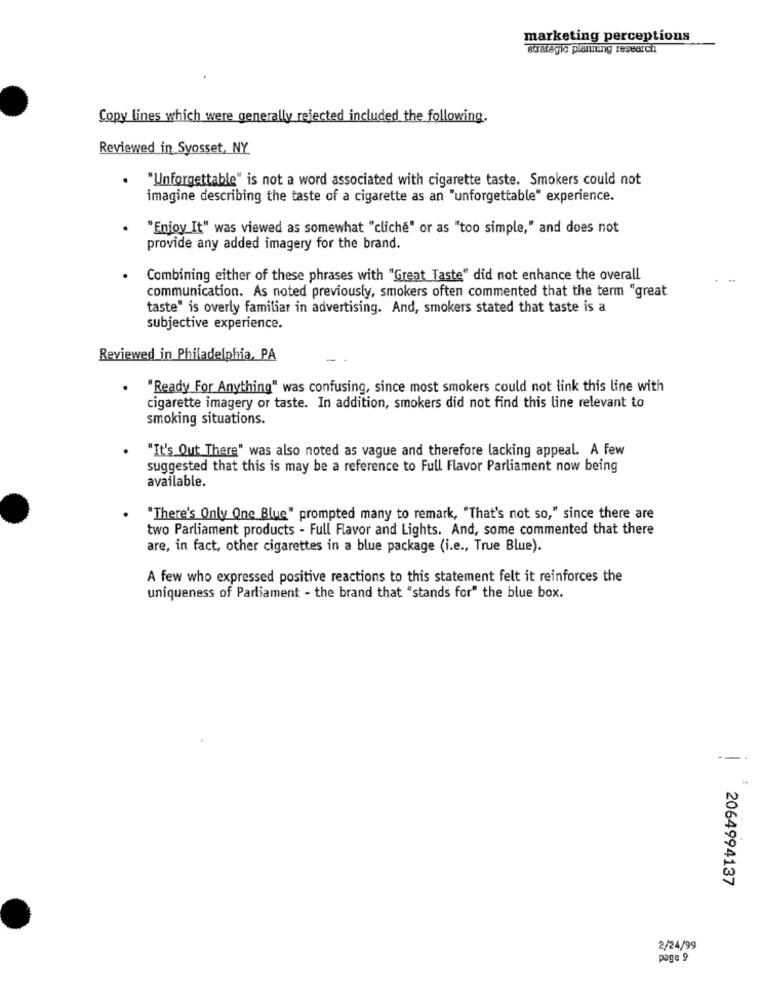
marketing perceptions
Strategic planning research
Copy lines which were generally rejected included the following.
Reviewed in Syosset, NY
· "Unforgettable" is not a word associated with cigarette taste. Smokers could not
imagine describing the taste of a cigarette as an "unforgettable" experience.
. "Enjoy It" was viewed as somewhat "cliché" or as "too simple," and does not
provide any added imagery for the brand.
Combining either of these phrases with "Great Taste" did not enhance the overall
communication. As noted previously, smokers often commented that the term "great
taste" is overly familiar in advertising. And, smokers stated that taste is a
subjective experience.
Reviewed in Philadelphia, PA
"Ready For Anything" was confusing, since most smokers could not link this line with
cigarette imagery or taste. In addition, smokers did not find this line relevant to
smoking situations.
. "It's Out There" was also noted as vague and therefore lacking appeal. A few
suggested that this is may be a reference to Full Flavor Parliament now being
available.
.
"There's Only One Blue" prompted many to remark, "That's not so," since there are
two Parliament products - Full Flavor and Lights. And, some commented that there
are, in fact, other cigarettes in a blue package (i.e ., True Blue).
A few who expressed positive reactions to this statement felt it reinforces the
uniqueness of Parliament - the brand that "stands for" the blue box.
2064994137
2/24/99
page 9